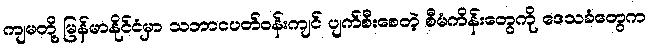
ကျမတို့ မြန်မာနိုင်ငံမှာ သဘာဝပတ်ဝန်းကျင် ပျက်စီးစေတဲ့ စီမံကိန်းတွေကို ဒေသခံတွေက